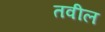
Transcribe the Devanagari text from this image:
तवील